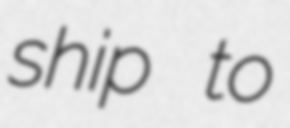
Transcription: ship to